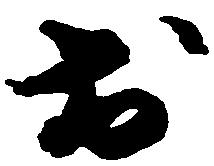
於